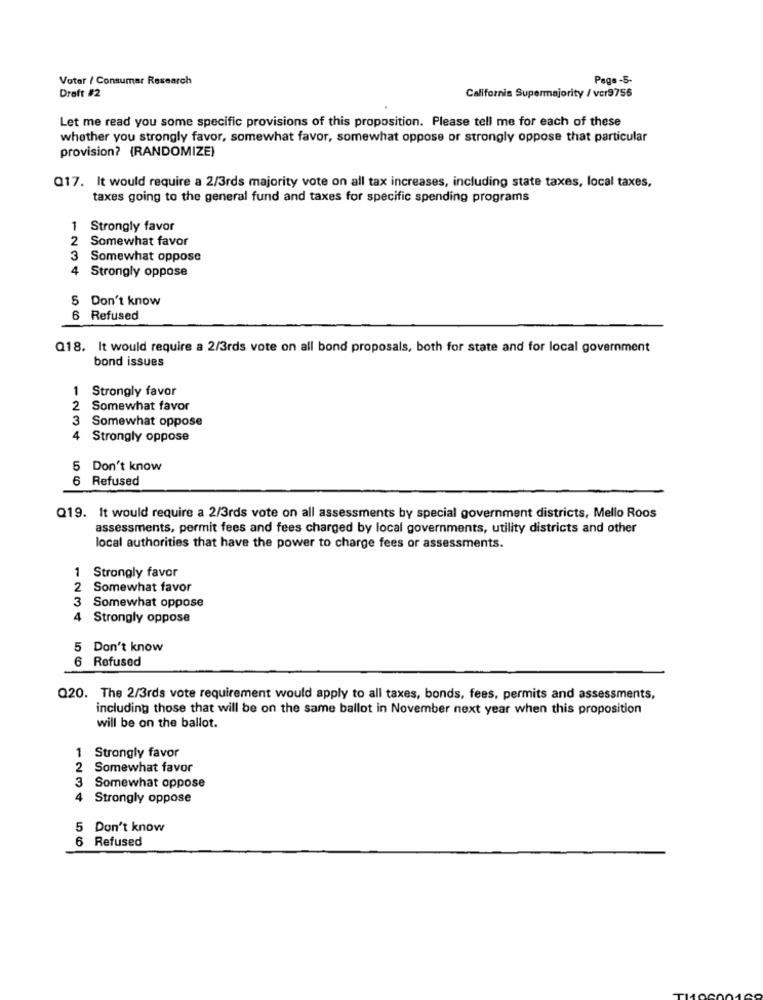
Voter / Consumer Research
Page -5-
Draft #2
California Supermajority / vcr9756
Let me read you some specific provisions of this proposition. Please tell me for each of these
whether you strongly favor, somewhat favor, somewhat oppose or strongly oppose that particular
provision? (RANDOMIZE)
Q17. It would require a 2/3rds majority vote on all tax increases, including state taxes, local taxes,
taxes going to the general fund and taxes for specific spending programs
1 Strongly favor
2Somewhat favor
3 Somewhat oppose
Strongly oppose
5 Don't know
6 Refused
Q18. It would require a 2/3rds vote on all bond proposals, both for state and for local government
bond issues
1
Strongly favor
2
Somewhat favor
3
Somewhat oppose
4 Strongly oppose
5 Don't know
6 Refused
Q19. It would require a 2/3rds vote on all assessments by special government districts, Mello Roos
assessments, permit fees and fees charged by local governments, utility districts and other
local authorities that have the power to charge fees or assessments.
1 Strongly favor
2
Somewhat favor
3
Somewhat oppose
4
Strongly oppose
5 Don't know
Refused
Q20. The 2/3rds vote requirement would apply to all taxes, bonds, fees, permits and assessments,
including those that will be on the same ballot in November next year when this proposition
will be on the ballot.
1 Strongly favor
2 Somewhat favor
3
Somewhat oppose
4 Strongly oppose
5 Don't know
6 Refused